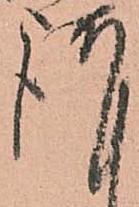
謹